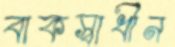
বাকস্বাধীন